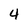
Character: 4